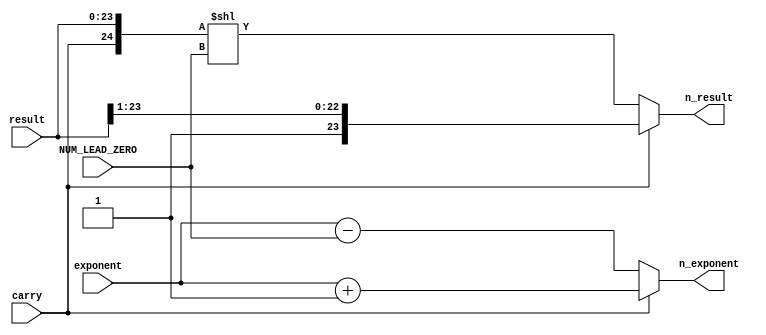
module NORM(
input          wire         [23:0]       result,
input          wire         [7:0]        exponent,
input          wire                      carry,
input          wire         [4:0]        NUM_LEAD_ZERO,   
output         reg          [23:0]       n_result,
output         reg          [7:0]        n_exponent
);


//internal wires
wire           [24:0]      mantissa; 


assign mantissa = {carry,result};

always@(*)
begin
	if(carry)
		begin
			n_result = mantissa >> 1;
			n_exponent = exponent + 1'b1;
		end
	else
		begin
			n_result = mantissa << NUM_LEAD_ZERO;
			n_exponent = exponent - NUM_LEAD_ZERO;
		end

end

endmodule